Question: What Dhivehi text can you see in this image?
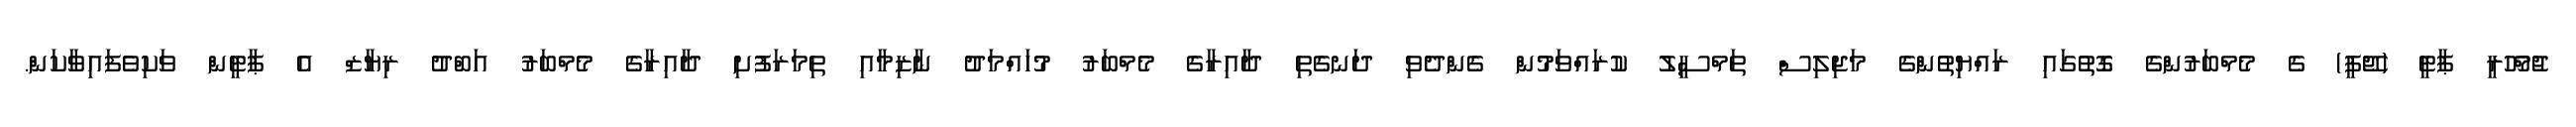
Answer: ޖުމްހޫރީ ޕާޓީ (ޖޭޕީ) ގެ މެމްބަރުންގެ ގޮތުގައި ރައްޔިތުންގެ މަޖިލިސް ތަމްސީލު ކުރައްވަމުން ގެންދެވި ދަނގެތި ދާއިރާގެ މެމްބަރު މުހައްމަދު ނާޒިމާއި ތިމަރަފުށި ދާއިރާގެ މެމްބަރު އަބްދު ރިޔާޒް އެ ޕާޓީން ވަކިވެފައިވާކަން.